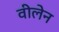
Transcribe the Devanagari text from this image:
वीलेन